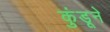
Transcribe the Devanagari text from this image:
कुंडूने